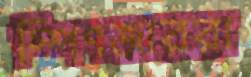
স্পিৎজাররা